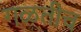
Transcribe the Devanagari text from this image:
गळतीच